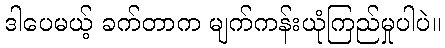
ဒါပေမယ့် ခက်တာက မျက်ကန်းယုံကြည်မှုပါပဲ။